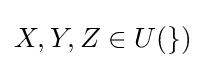
X,Y,Z\in U({\mathcal {g}})